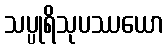
သပ္ပုရိသုပဿယော